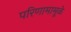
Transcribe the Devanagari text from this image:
परिणामामूळे